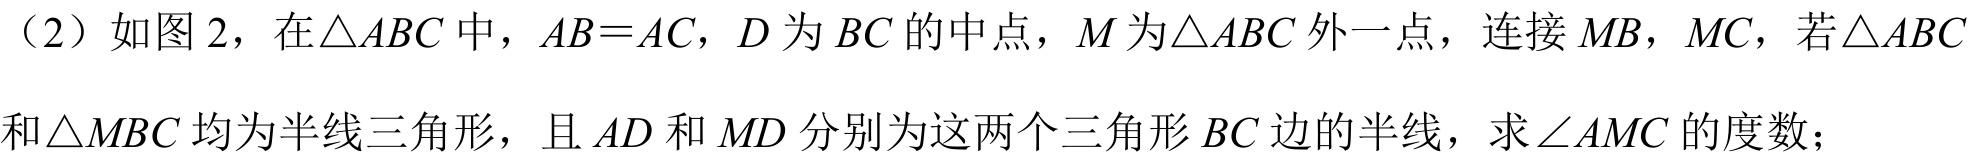
（2）如图 2，在\(\triangle ABC\)中，\(AB = AC\)，\(D\)为\(BC\)的中点，\(M\)为\(\triangle ABC\)外一点，连接\(MB\)，\(MC\)，若\(\triangle ABC\)和\(\triangle MBC\)均为半线三角形，且\(AD\)和\(MD\)分别为这两个三角形\(BC\)边的半线，求\(\angle AMC\)的度数；